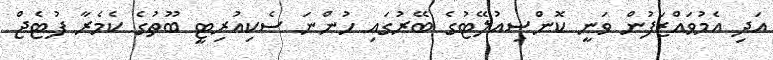
އަދި އެމުވައްޒަފުން ވަނީ ކޮންސިއުލޭޓުގެ ބޭރުގައި ހުންނަ ސެކިއުރިޓީ ބޫތުގެ ކެމެރާ ފުޓެޖް